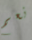
نعم